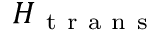
H _ { \mathrm { ~ t ~ r ~ a ~ n ~ s ~ } }